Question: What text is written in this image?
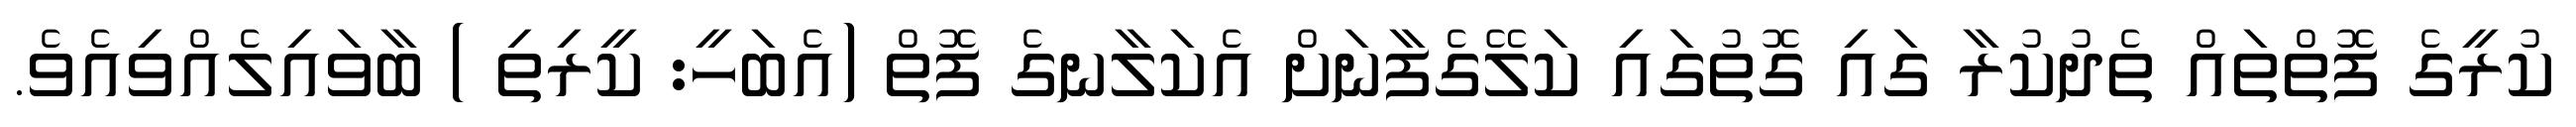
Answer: ކުރީގެ ފޮތްތައް ތެދުކުރާ ގައި ގޮތުގައި ކަލޭގެފާނަށް އެކަލާނގެ ފޮތް (އެބަހީ: ކީރިތި ) ބާވައިލެއްވިއެވެ.